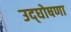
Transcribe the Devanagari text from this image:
उद्‌घोषणा